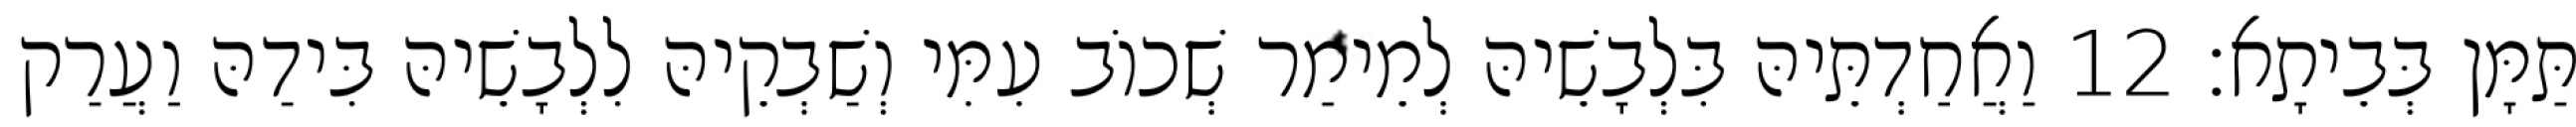
תַּמָּן בְּבֵיתָא׃ 12 וַאֲחַדְתֵּיהּ בִּלְבָשֵׁיהּ לְמֵימַר שְׁכוֹב עִמִּי וְשַׁבְקֵיהּ לִלְבָשֵׁיהּ בִּידַהּ וַעֲרַק